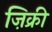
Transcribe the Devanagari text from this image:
ज़िक्री